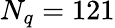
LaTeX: N_{q}=121